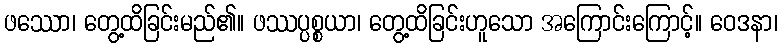
ဖဿော၊ တွေ့ထိခြင်းမည်၏။ ဖဿပ္ပစ္စယာ၊ တွေ့ထိခြင်းဟူသော အကြောင်းကြောင့်။ ဝေဒနာ၊